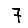
Digit: 7